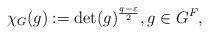
LaTeX: \begin{align*}\chi_G(g):=\det(g)^{\frac{q-\varepsilon}{2}}, g\in G^F,\end{align*}